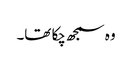
وہ سمجھ چکا تھا۔